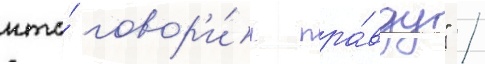
кто́ говор'и́л пра́вду" /